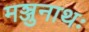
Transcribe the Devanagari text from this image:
मञ्जुनाथः